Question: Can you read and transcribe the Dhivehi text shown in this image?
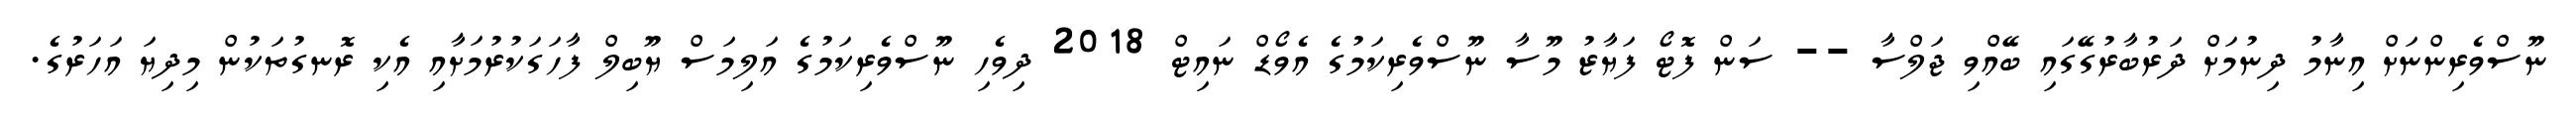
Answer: ނޫސްވެރިންނަށް އިނާމު ދިނުމަށް ދަރުބާރުގޭގައި ބޭއްވި ޖަލްސާ -- ސަން ފޮޓޯ ފަޔާޒު މޫސާ ނޫސްވެރިކަމުގެ އެވޯޑް ނައިޓް 2018 ދިވެހި ނޫސްވެރިކަމުގެ އަލިމަސް ޔޫބިލް ފާހަގަކުރުމަށާއި އެކި ރޮނގުތަކުން މިދިޔަ އަހަރުގެ.